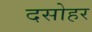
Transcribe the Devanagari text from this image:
दसोहर